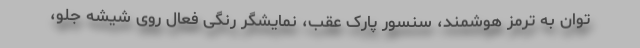
توان به ترمز هوشمند، سنسور پارک عقب، نمایشگر رنگی فعال روی شیشه جلو،